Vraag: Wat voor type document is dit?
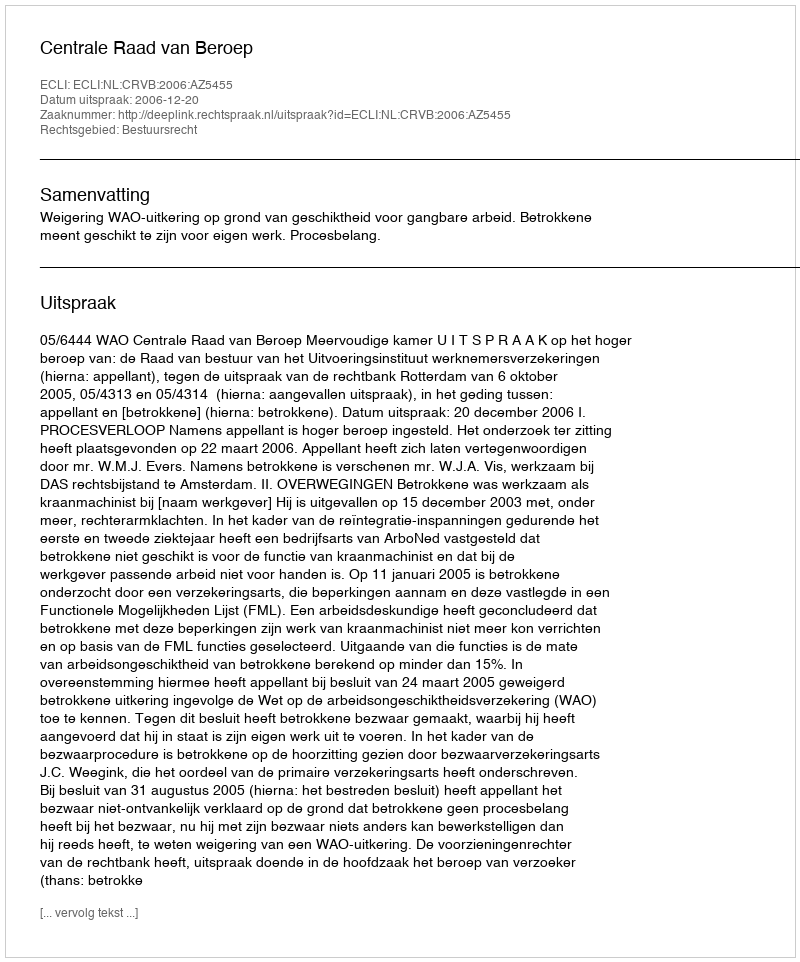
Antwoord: Uitspraak